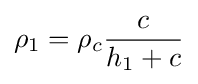
\rho _{1}=\rho _{c}{\frac {c}{h_{1}+c}}